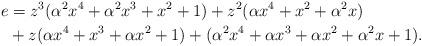
LaTeX: \begin{align*}e &= z^3 (\alpha^2 x^{4} + \alpha^2 x^{3} + x^{2} + 1) + z^2 (\alpha x^{4} + x^{2} + \alpha^2 x) \\&+ z (\alpha x^{4} + x^{3} + \alpha x^{2} + 1) + (\alpha^2 x^{4} + \alpha x^{3} + \alpha x^{2} + \alpha^2 x + 1).\end{align*}